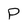
Character: P